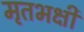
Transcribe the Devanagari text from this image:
मृतभक्षी